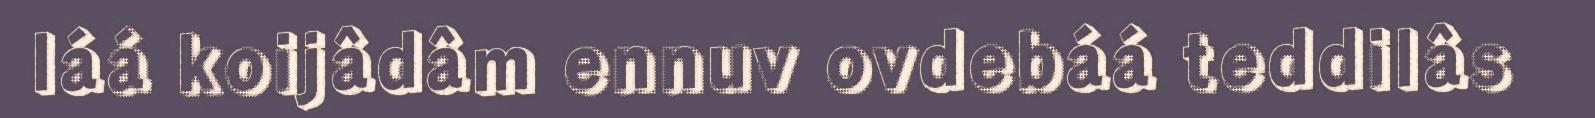
láá koijâdâm ennuv ovdebáá teddilâs